Annual statistical returns and brief notes on vaccination in Bengal - 1909-1929
Year: 1909
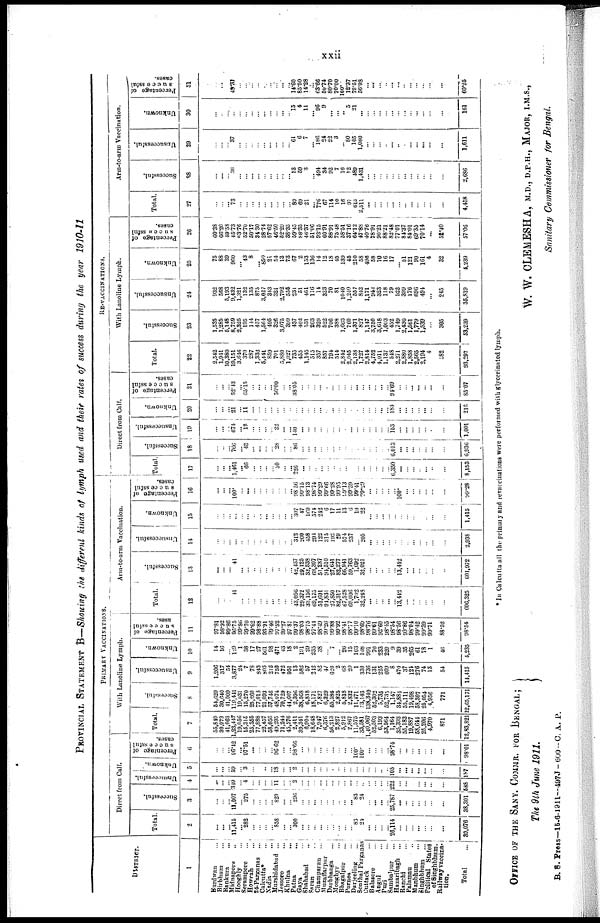
xxii
PROVINCIAL STATEMENT B—Showing the different kinds of lymph used and their rates of success during the year 1910-11
DISTRICT.
1
Burdwan ...
Birbhum ...
Bankura
...
Midnapore ...
Hooghly ...
Serampore ...
Howrah ...
24-Parganas
...
Calcutta* ...
Nadia ...
Murshidabad ...
Jessore
Khulna ...
Patna ...
Gaya
...
Shahabad
...
Saran ...
Champaran ...
Muzaffarpur ...
Darbhanga
...
Monghyr
...
Bhagalpur ...
Purnea ...
Darjeeling ...
Sonthal Parganas
Cuttack ...
Balasore ...
Angul ...
Puri ...
Sambalpur
...
Hazaribagh
...
Ranchi ...
Palamau ...
Manbhum
...
Singhbhum
...
Political States
of Singhbhum.
Railway vaccina-
tion.
Total
...
PRIMARY VACCINATIONS.
Direct from Calf.
Total
2
...
...
...
11,415
... 282
...
... ...
... 858
...
... 300
...
...
... ...
...
...
...
...
... 83
24
...
...
...
... 26,114
...
...
... ...
...
...
...
39,076
Successful.
3
...
...
... 11,007
... 275
...
... ...
... 829
...
... 296
...
... ...
...
...
...
...
... ... 83
24
...
...
...
... 25,787
...
...
...
...
...
...
...
38,301
Unsuccessful.
4
...
...
... 349
... 4
...
...
...
...
11
...
... 2
...
...
...
...
...
...
...
...
...
...
...
...
...
...
... 222
...
...
...
...
...
...
...
588
Unknown.
5
...
...
... 59
... 3
...
...
...
...
18
...
... 2
...
...
...
...
...
...
...
...
...
...
...
...
...
...
... 105
...
...
...
...
...
...
...
187
Percentage of
Successful
cases.
6
...
...
... 96.12
...
97.51
...
...
...
... 96.02
...
... 98.66
...
...
...
...
... ...
...
...
... 100.
100.
...
...
...
... 98.74
... ...
... ...
...
...
...
98.01
With Lanoline Lymph.
Total.
7
55,849
30,973
41,063
1,23,447
19,056
15,315
25,355
77,888
22,457
58,056
49,295
71,244
45,576
2,411
39,341
6,904
18,648
7,947
6,376
56,213
2,827
5,912
2,867
11,575
33,581
1,40,067
52,503
6,193
53,564
1,164
35,393
55,183
19,887
58,644
25,206
4,970
871
12,83,821
Successful.
8
54,629
30,640
41,009
119,411
19,031
15,270
25,260
77,013
21,093
57,746
48,074
70,729
44,607
2,396
38,568
6,818
18,171
7,827
6,329
55,586
2,825
5,818
2,832
11,471
33,143
138,340
52,302
5,735
52,735
1,147
34,884
55,111
19,498
58,307
25,054
4,956
771
2,65,171
Unsuccessful.
9
1,206
317
54
3,877
24
7
78
843
803
212
750
472
951
13
582
57
212
82
47
620
2
68
20
1
330
736
131
225
609
8
470
37
124
276
74
13
54
14,415
Unknown.
10
14
16
... 149
1
38
17
27
561
98
471
43
18
2
191
29
235
38
... 7
... 26
15
103
108
991
70
233
220
9
39
35
265
61
78
1
46
4,235
Percentage of
successful
ases.
11
97.81
98.92
99.86
96.75
99.86
99.70
99.62
98.88
93.91
99.46
97.52
99.27
97.87
99.37
98.03
98.75
97.44
98.49
99.26
99.88
99.92
98.41
98.77
99.10
98.69
98.76
99.61
92.60
98.45
98.54
98.56
99.86
98.04
99.42
99.39
99.71
88.52
98.54
Arm-to-arm Vaccination.
Total.
12
...
...
...
41
...
...
...
...
...
... ...
...
... ...
29,372
33,156
69,175
51,601
94,831
27,850
82,317
67,528
60,006
1,702
32,248
...
...
...
...
... 13,442
...
...
...
...
...
...
606,325
Successful.
13
...
...
... 41
...
...
... ...
...
..
... ...
... 42,437
29,125
32,538
68,307
51,237
94,510
27,641
82,277
66,941
59,763
1,692
32,021
...
...
... ...
... 13,442
...
...
...
...
...
...
601,972
Unsuccessful.
14
...
...
...
...
...
...
...
...
...
...
...
...
...
312
200
458
204
122
315
192
29
574
237
...
205
...
...
...
...
...
...
...
... ...
...
...
...
2,938
Unknown.
15
...
...
...
...
...
...
...
...
...
...
...
...
...
307
47
160
574
242
6
17
11
13
6
10
22
... ...
...
...
...
...
...
...
...
...
...
...
1,415
Percentage of
s u c ce ssful
cases.
16
...
...
...
100.
...
...
...
... ...
...
...
...
... 98.56
99.15
98.13
98.74
99.29
99.66
99.28
99.95
99.13
99.59
99.41
29.29
...
...
... ...
...
100.
...
... ... ...
...
...
99.28
RE-VACCINATIONS.
Direct from Calf.
Total
17
...
...
...
1,461
... 66
...
...
...
... 50
...
...
.226
...
...
...
...
... ...
...
... ...
...
...
...
...
...
...
6,350
...
...
...
...
...
...
...
8,153
Successful.
18
...
...
... 766
... 43
...
...
...
... 28
...
...
86
...
...
...
...
...
...
...
...
...
...
...
...
...
...
...
6,013
...
...
...
... ...
...
...
6,936
Unsuccessful.
19
...
...
... 674
...
12 ...
...
...
... 22
...
... 140
...
...
...
...
...
...
...
...
...
...
...
...
...
...
...
153
...
...
...
...
...
...
...
1,001
Unknown.
20
...
...
... 21
...
11 ...
...
...
...
...
...
...
...
...
...
...
...
...
...
...
...
...
...
...
...
...
...
... 184
...
...
...
...
...
...
...
216
Percentage of
s u c c e ssful
cases.
21
...
...
... 52.43
...
65.15
...
...
... ...
56.00
... ...
38.05
...
...
...
...
...
...
...
...
...
...
... ...
...
...
... 94.69
...
... ...
...
... ...
... .
85.07
With Lanoline Lymph.
Total.
22
2,542
1,941
10,380
19,151
3,646
370
287
1,332
5,441
859
701
5,880
1,027
735
455
1,145
515
357
857
794
514
2,842
2,045
2,138
1,727
2,814
4,752
4,011
1,137
548
2,271
2,880
1,858
2,565
2,194
4
582
93,297
Successful.
23
1,535
1,285
5,148
8,759
2,325
195
144
457
1,564
495
326
3,075
399
437
402
531
263
329
522
706
388
1,663
760
1,371
827
1,147
3,750
3,618
1,003
452
1,749
2,436
1,561
1,779
1,539
...
305
53,239
Unsuccessful.
24
932
568
5,193
9,432
1,321
132
135
875
3,027
343
321
2,792
555
231
51
461
116
14
323
70
81
1040
1,240
557
842
1,171
944
323
118
79
522
399
176
696
494
...
245
35,819
Unknown.
25
75
88
39
960
... 43
8
... 850
21
54
13
73
67
2
153
136
14
12
18
45
139
45
210
58
496
58
70
16
17
... 51
121
90
161
4
32
4,239
Percentage of
s u ccessful
cases.
26
60.38
66.20
49.58
45.73
63.76
52.70
50.17
34.30
28.74
57.62
46.50
52.29
38.35
59.45
88.35
46.37
51.06
92.15
60.91
88.91
75.48
58.51
37.16
64.12
47.88
40.76
78.91
90.21
88.21
82.48
77.01
84.37
84.01
69.35
70.14
...
55.40
57.06
Arm-to-arm Vaccination.
Total.
27
...
...
... 73
...
...
...
...
...
...
...
...
... 89
69
21
... 776
67
114
10
16
97
615
2,511
...
...
...
...
...
... ...
...
...
...
...
...
4,458
Successful.
28
...
...
... ...
...
...
...
...
...
... ...
... ... 13
59
3
... 494
34
92
7
16
12
489
1,431
...
...
...
...
...
... ...
...
...
...
...
...
2,686
Unsuccessful.
29
...
...
... .37
...
...
...
... ...
...
...
...
... 61
6
7
... 186
24
22
3
... 80
105
1,080
...
...
...
... ...
...
... ...
...
...
...
...
1,611
Unknown.
30
...
...
...
...
...
... ...
...
... ...
...
...
... 15
4
11
... 96
9
...
...
.. 5
21
...
...
...
...
... ...
... ...
... ...
...
...
...
161
Percentage of
s u c c e ssful
cases.
31
...
...
... 49.31
...
...
...
...
...
...
...
...
...
14.60
85.60
14.28
...
63.66
50.74
80.70
70.00
100.
12.37
79.51
56.98
...
...
...
... ...
...
... ...
...
...
...
...
60.25
* In Calcutta all the primary and revaccinations were performed with glycerinated lymph.
OFFICE OF THE SANY. COMMR. FOR BENGAL;
The 9th June 1911.
B. S. Press—15-6-1911—497J—600—C. A. P.
W. W. CLEMESHA, M.D., D.P.H., MAJOR, I.M.S.,
Sanitary Commissioner for Bengal.